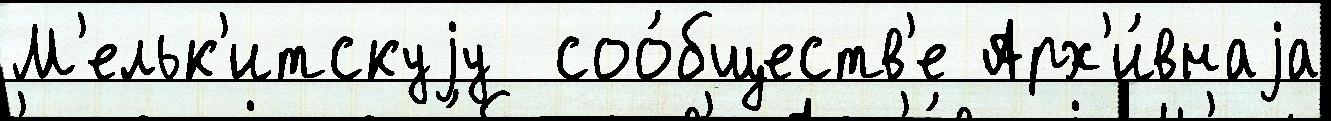
М'ельк'итскуjу  соо́бществ'е Арх'и́внаjа